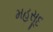
મહસૂદ